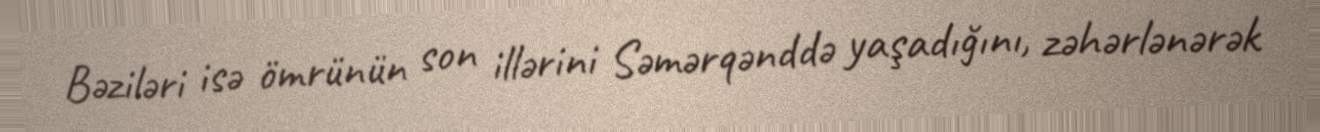
Bəziləri isə ömrünün son illərini Səmərqənddə yaşadığını, zəhərlənərək